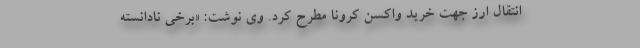
انتقال ارز جهت خرید واکسن کرونا مطرح کرد. وی نوشت: «برخی نادانسته